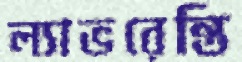
ল্যাভরেন্তি